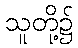
သူတို့၌